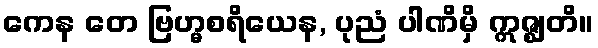
ကေန တေ ဗြဟ္မစရိယေန, ပုညံ ပါဏိမှိ ဣဇ္ဈတိ။